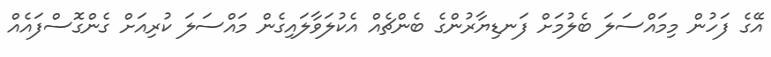
އޭގެ ފަހުން މިމައްސަލަ ބެލުމަށް ފަނޑިޔާރުންގެ ބެންޗެއް އެކުލަވާލައިގެން މައްސަލަ ކުރިއަށް ގެންގޮސްފައެއް